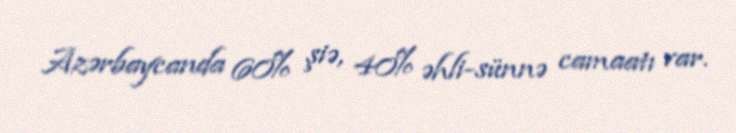
Azərbaycanda 60% şiə, 40% əhli-sünnə camaatı var.